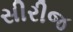
સીરીજ